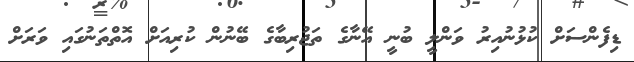
ޑިފެންސަށް ކުޅުނުއިރު ވަންލީ ބުނީ އޭނާގެ ތަޖުރިބާގެ ބޭނުން ކުރިއަށް އޮތްތަނުގައި ވަރަށް